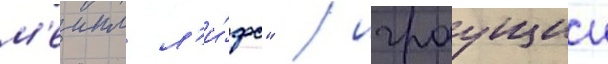
м'еипл л'и́фс" / играущии